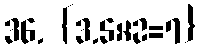
36. {3.5×2=7}